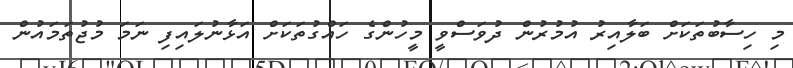
މި ހިސާބުތަކަށް ބަލާއިރު އުމުރުން ދުވަސްވީ މީހުންގެ ހައްގުތަކަށް އަޅާނުލައިފި ނަމަ މުޖުތަމައުން